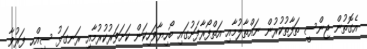
އެގޮތުން ޖިންސީ ތަފާތުކުރުން ނައްތާލުމާއި އަތްފޯރާފަށުގައި ބޯހިޔާވަހިކަން ކަށަވަރުކުރުމާއި ރަނގަޅު ސިއްހީ ފަރުވާ